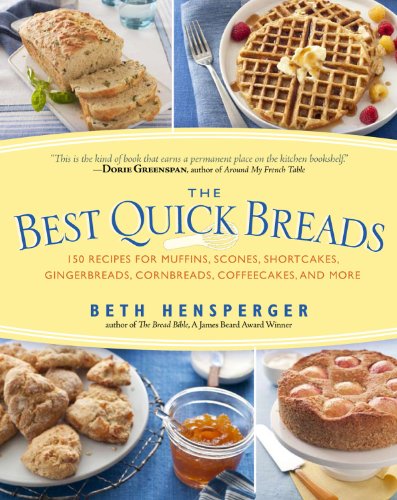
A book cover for The Best Quick Breads: 150 Recipes for Muffins, Scones, Shortcakes, Gingerbreads, Cornbreads, Coffeecakes, and More; Beth Hensperger; Cookbooks, Food & Wine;